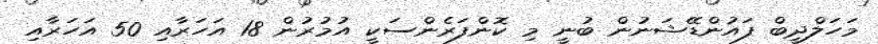
މަހަލްދީބް ފައުންޑޭޝަނުން ބުނީ މި ކޮންފަރެންސަކީ އުމުރުން 18 އަހަރާއި 50 އަހަރާއި